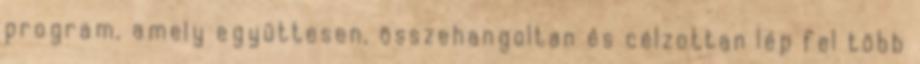
program, amely együttesen, összehangoltan és célzottan lép fel több